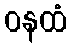
ဝနထံ